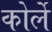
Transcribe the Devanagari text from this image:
कोर्ले